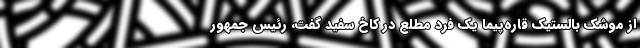
از موشک بالستیک قاره‌پیما یک فرد مطلع در کاخ سفید گفت، رئیس جمهور